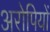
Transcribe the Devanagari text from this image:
अरोपियों